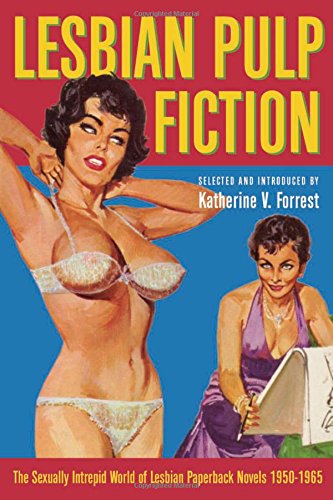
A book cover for Lesbian Pulp Fiction: The Sexually Intrepid World of Lesbian Paperback Novels 1950-1965; Romance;